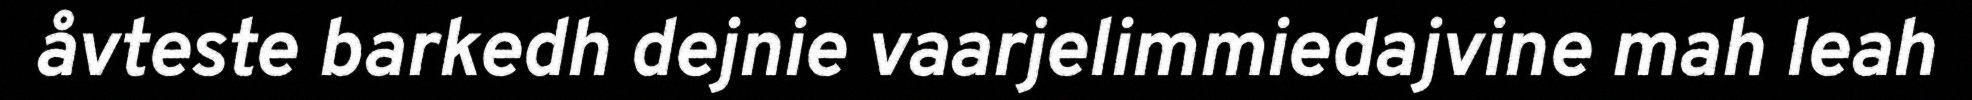
åvteste barkedh dejnie vaarjelimmiedajvine mah leah